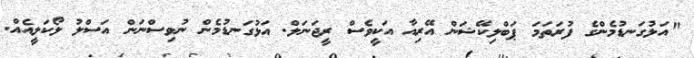
"އަޅުގަނޑުމެންގެ ފުރަތަމަ ޕަބްލިކޭޝަން އޭރިއާ އަކީވެސް ރީޖަނަލް. އަޅުގަނޑުމެން ނުވިސްނަން އަސްލު ލޯކަލީއެއް.